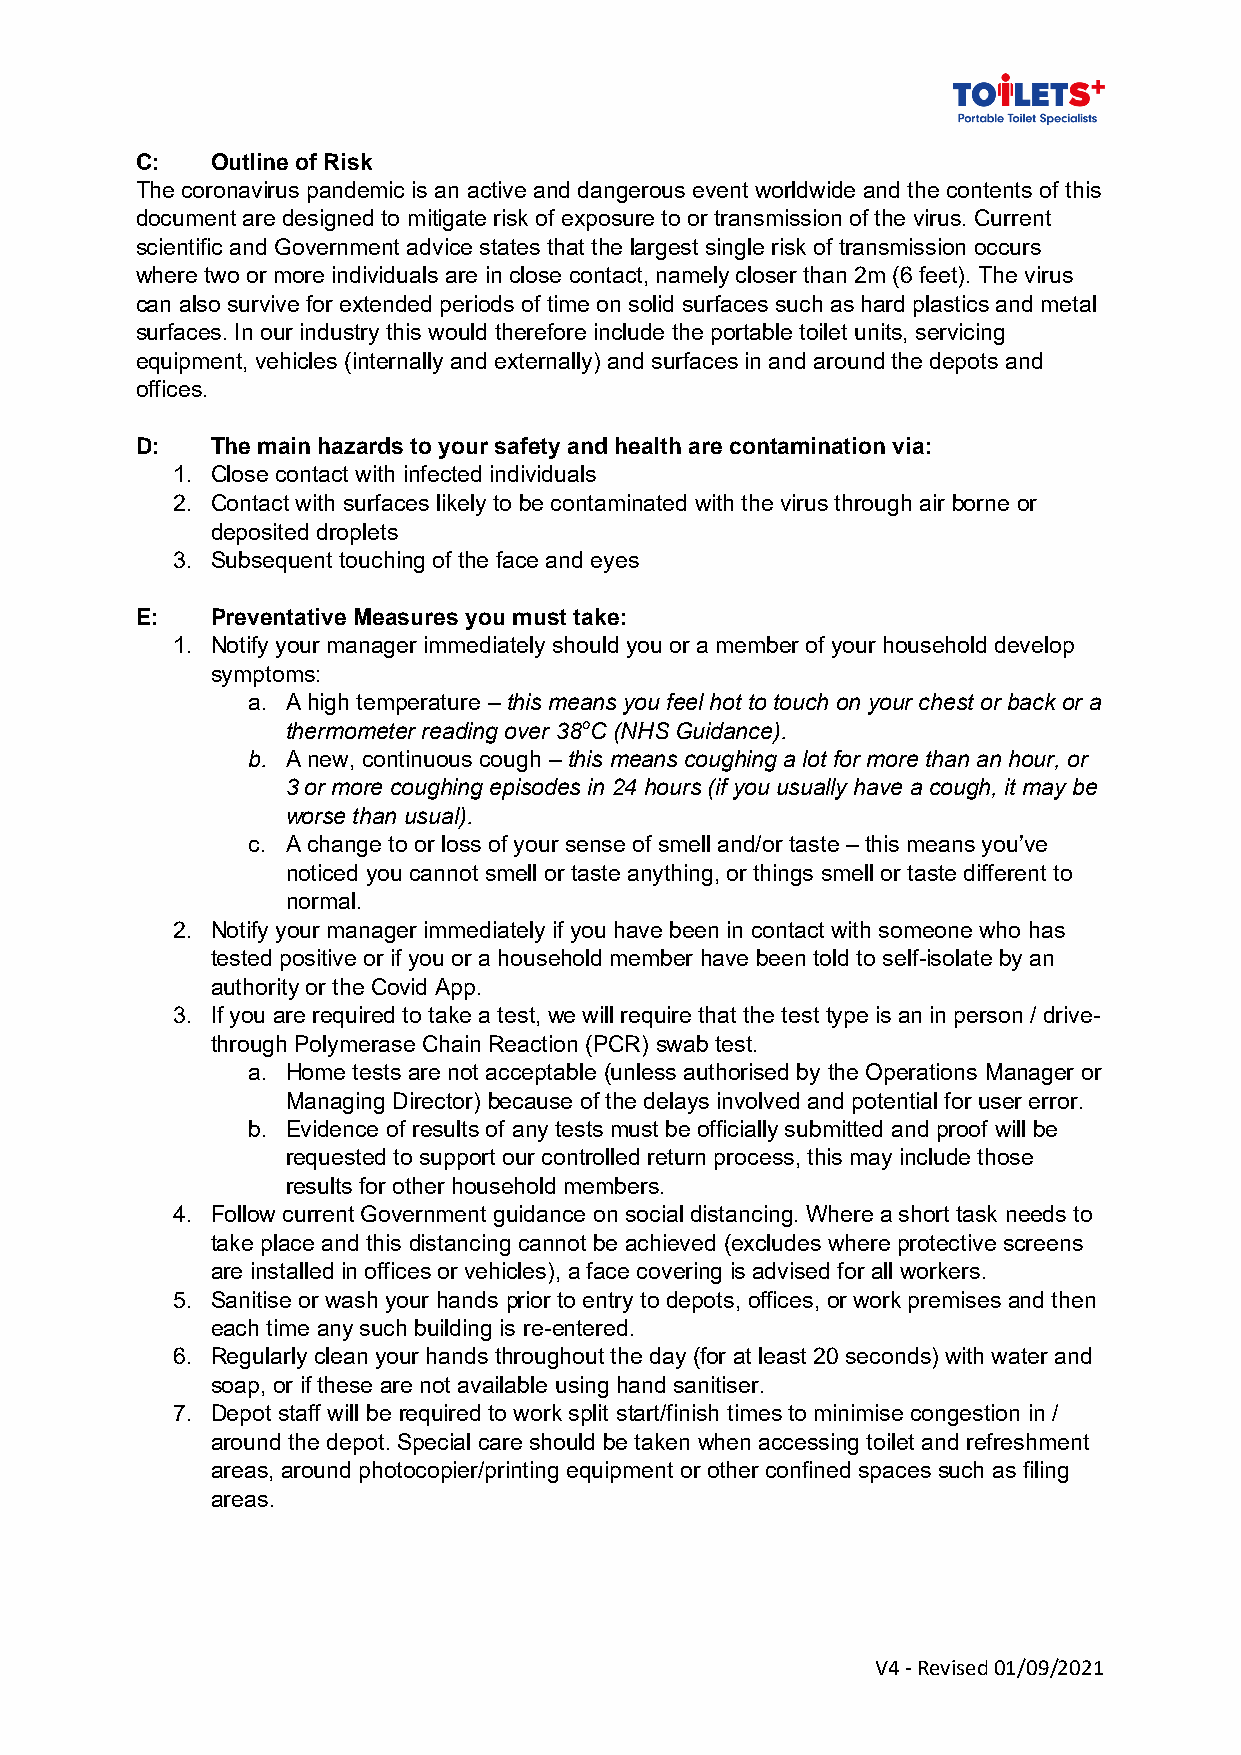
C:   Outline of Risk
 The coronavirus pandemic is an active and dangerous event worldwide and the contents of this
 document are designed to mitigate risk of exposure to or transmission of the virus. Current
 scientific and Government advice states that the largest single risk of transmission occurs
 where two or more individuals are in close contact, namely closer than 2m (6 feet). The virus
 can also survive for extended periods of time on solid surfaces such as hard plastics and metal
 surfaces. In our industry this would therefore include the portable toilet units, servicing
 equipment, vehicles (internally and externally) and surfaces in and around the depots and
 offices.
 D:   The main hazards to your safety and health are contamination via:
 1. Close contact with infected individuals
 2. Contact with surfaces likely to be contaminated with the virus through air borne or
 deposited droplets
 3. Subsequent touching of the face and eyes
 E:   Preventative Measures you must take:
 1. Notify your manager immediately should you or a member of your household develop
 symptoms:
 a. A high temperature – this means you feel hot to touch on your chest or back or a
 thermometer reading over 38oC (NHS Guidance).
 b. A new, continuous cough – this means coughing a lot for more than an hour, or
 3 or more coughing episodes in 24 hours (if you usually have a cough, it may be
 worse than usual).
 c. A change to or loss of your sense of smell and/or taste – this means you’ve
 noticed you cannot smell or taste anything, or things smell or taste different to
 normal.
 2. Notify your manager immediately if you have been in contact with someone who has
 tested positive or if you or a household member have been told to self-isolate by an
 authority or the Covid App.
 3. If you are required to take a test, we will require that the test type is an in person / drive-
 through Polymerase Chain Reaction (PCR) swab test.
 a. Home tests are not acceptable (unless authorised by the Operations Manager or
 Managing Director) because of the delays involved and potential for user error.
 b. Evidence of results of any tests must be officially submitted and proof will be
 requested to support our controlled return process, this may include those
 results for other household members.
 4. Follow current Government guidance on social distancing. Where a short task needs to
 take place and this distancing cannot be achieved (excludes where protective screens
 are installed in offices or vehicles), a face covering is advised for all workers.
 5. Sanitise or wash your hands prior to entry to depots, offices, or work premises and then
 each time any such building is re-entered.
 6. Regularly clean your hands throughout the day (for at least 20 seconds) with water and
 soap, or if these are not available using hand sanitiser.
 7. Depot staff will be required to work split start/finish times to minimise congestion in /
 around the depot. Special care should be taken when accessing toilet and refreshment
 areas, around photocopier/printing equipment or other confined spaces such as filing
 areas.
 V4 - Revised 01/09/2021